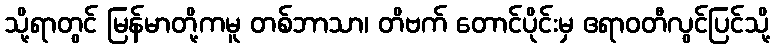
သို့ရာတွင် မြန်မာတို့ကမူ တစ်ဘာသာ၊ တိဗက် တောင်ပိုင်းမှ ဧရာဝတီလွင်ပြင်သို့